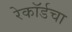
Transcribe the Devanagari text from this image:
रेकॉर्डचा